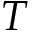
T